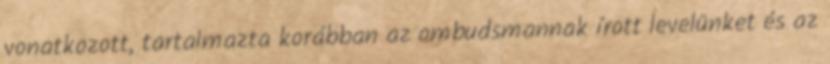
vonatkozott, tartalmazta korábban az ombudsmannak írott levelünket és az